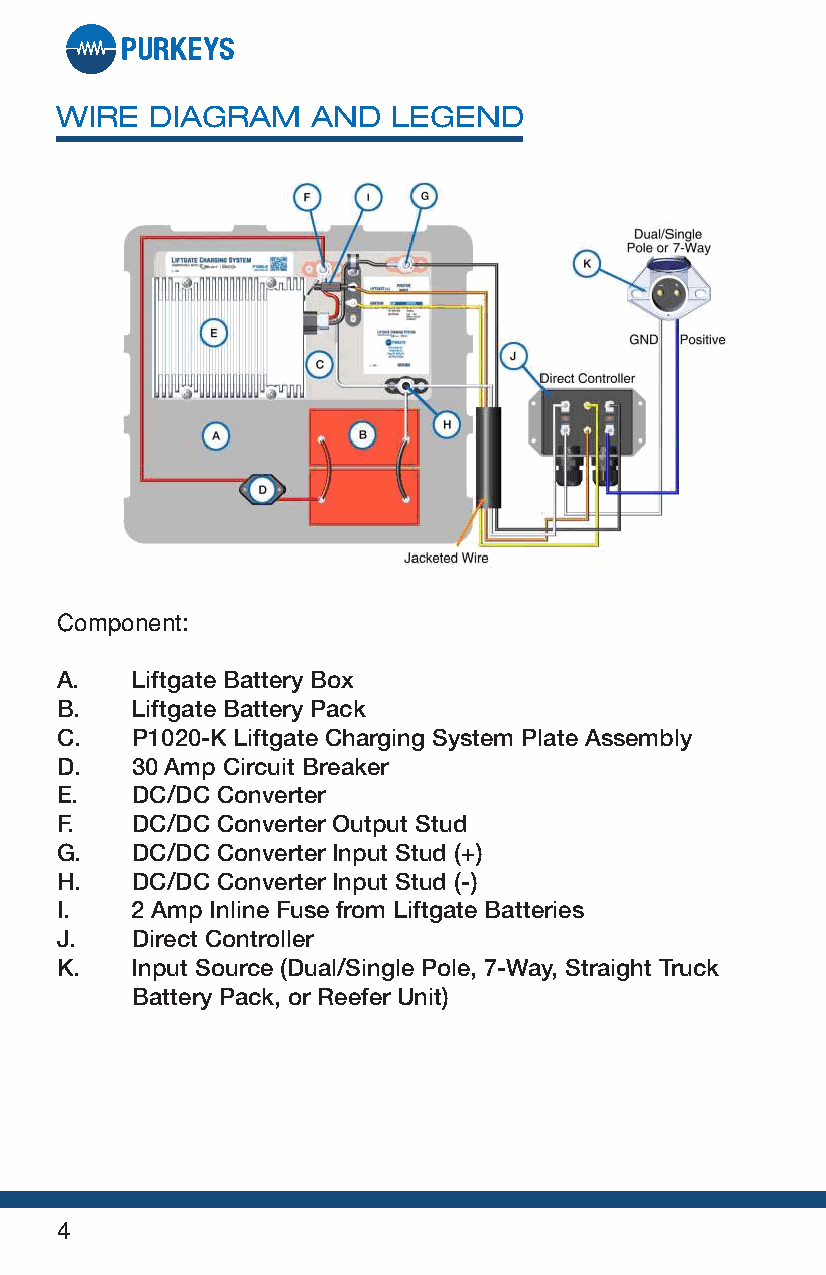
WIRE  DIAGRAM    AND  LEGEND
 Component:
 A.   Liftgate Battery Box
 B.   Liftgate Battery Pack
 C.   P1020-K Liftgate Charging System Plate Assembly
 D.   30 Amp Circuit Breaker
 E.   DC/DC Converter
 F.   DC/DC Converter Output Stud
 G.   DC/DC Converter Input Stud (+)
 H.   DC/DC Converter Input Stud (-)
 I.   2 Amp Inline Fuse from Liftgate Batteries
 J.   Direct Controller
 K.   Input Source (Dual/Single Pole, 7-Way, Straight Truck
 Battery Pack, or Reefer Unit)
 4